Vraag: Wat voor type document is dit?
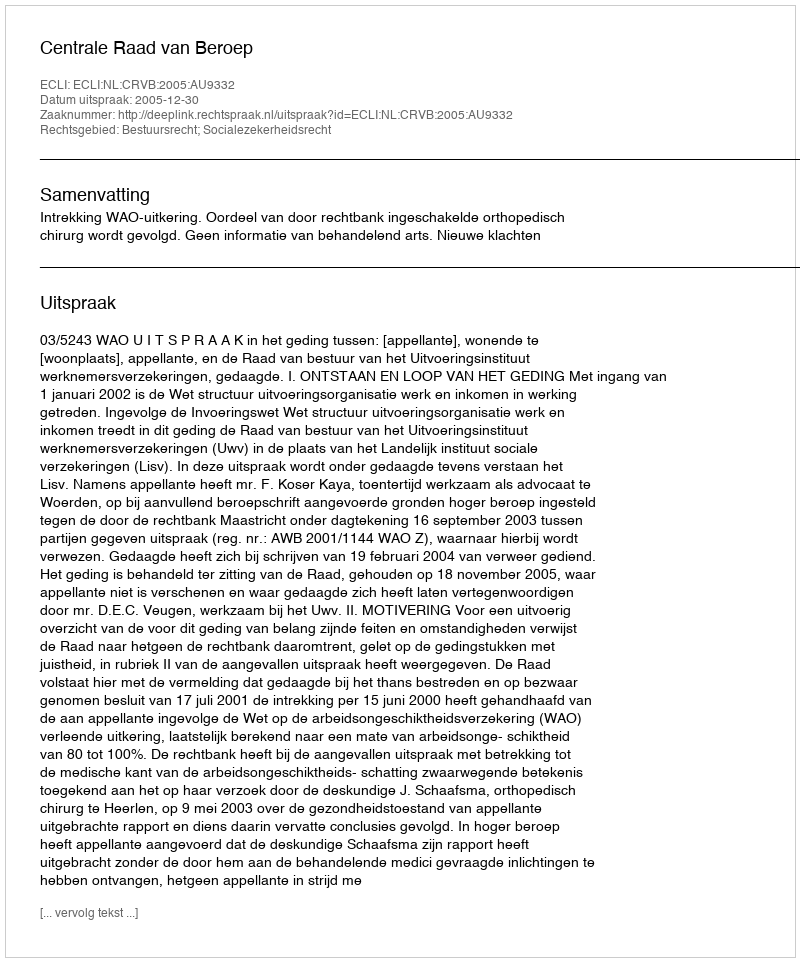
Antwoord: Uitspraak